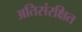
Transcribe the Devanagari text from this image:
अतिसंरक्षित